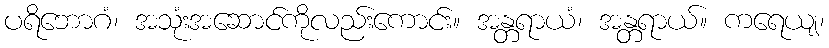
ပရိဘောဂံ၊ အသုံးအဆောင်ကိုလည်းကောင်း။ အန္တရာယံ၊ အန္တရာယ်။ ကရေယျ၊